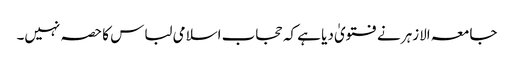
جامعہ الازہر نے فتویٰ دیا ہے کہ حجاب اسلامی لباس کا حصہ نہیں۔